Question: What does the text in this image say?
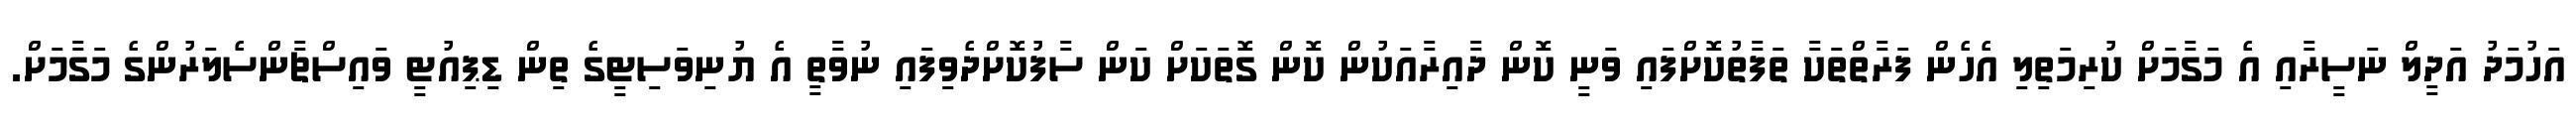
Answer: އަހުމަދު އަދީލް ނަސީރާއި އެ މަގާމަށް ކުރިމަތިލި އެހެން ފަރާތްތަކާ ތަފާތުކޮށްފައި ވަނީ ކޮން ދާއިރާއަކުން ކޮން ގޮތަކަށް ކަން ސާފުކޮށްދެވިފައި ނުވާތީ އެ ޔުނިވަސިޓީގެ ތިން ޑިޕިއުޓީ ވައިސްޗާންސެލަރުންގެ މަގާމަށް.